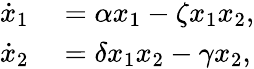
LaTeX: \begin{array}{rl}{\dot{x}_{1}}&{{}=\alpha x_{1}-\zeta x_{1}x_{2},}\\ {\dot{x}_{2}}&{{}=\delta x_{1}x_{2}-\gamma x_{2},}\end{array}